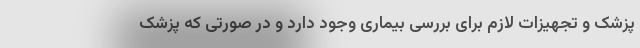
پزشک و تجهیزات لازم برای بررسی بیماری وجود دارد و در صورتی که پزشک